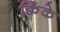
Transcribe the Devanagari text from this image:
क्विंके